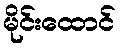
မိုင်းထောင်